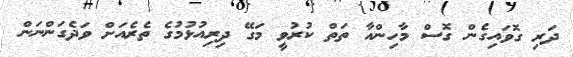
ދަރި ގޮވައިގެން ގޮސް މާހިންއާ ތަތް ކުރުވީ މަގޭ ދިރިއުޅުމުގެ ތެރެއަށް ވަދެގަންނަން